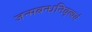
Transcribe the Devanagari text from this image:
जन्मबन्धनिवृत्यर्थं